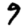
Digit: 9